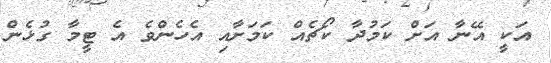
އަކީ އޭނާ އަށް ކަމުދާ ކޯޗެއް ކަމަށާއި އެހެންވެ އެ ޓީމާ ގުޅެން